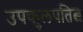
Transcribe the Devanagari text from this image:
उपकुलपतित्व